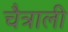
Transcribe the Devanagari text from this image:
चैत्राली